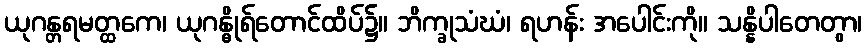
ယုဂန္တရမတ္ထကေ၊ ယုဂန္ဓိုရ်တောင်ထိပ်၌။ ဘိက္ခုသံဃံ၊ ရဟန်း အပေါင်းကို။ သန္နိပါတေတွာ၊